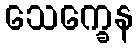
သေက္ခေန